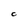
Character: C